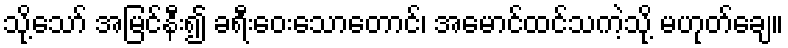
သို့သော် အမြင်နီး၍ ခရီးဝေးသောတောင်၊ အမောင်ထင်သကဲ့သို့ မဟုတ်ချေ။